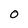
Character: 0